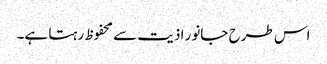
اس طرح جانور اذیت سے محفوظ رہتا ہے۔